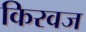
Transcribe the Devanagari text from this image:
किरवज